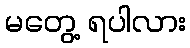
မတွေ့ ရပါလား